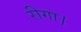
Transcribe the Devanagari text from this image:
रीगा।